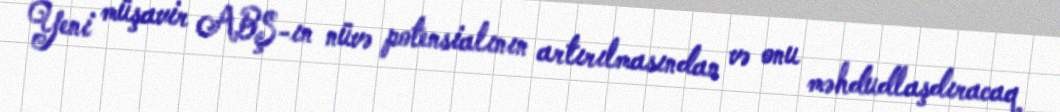
Yeni müşavir ABŞ-ın nüvə potensialının artırılmasından və onu məhdudlaşdıracaq